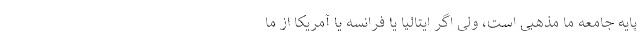
پایه جامعه ما مذهبی است، ولی اگر ایتالیا یا فرانسه یا آمریکا از ما